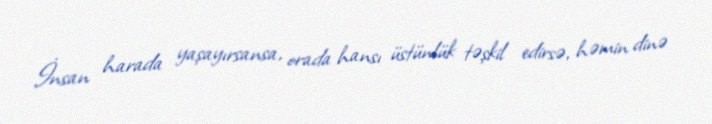
İnsan harada yaşayırsansa, orada hansı üstünlük təşkil edirsə, həmin dinə